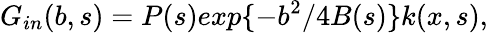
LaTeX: G_{in}(b,s)=P(s)exp\{ -b^{2}/4B(s)\} k(x,s),